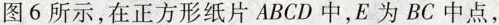
图 6 所示，在正方形纸片 ABCD 中，E 为 BC 中点，